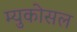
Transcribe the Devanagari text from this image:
म्युकोसल